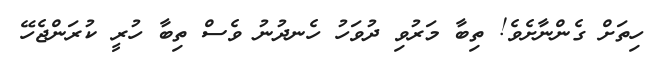
ހިތަށް ގެންނާށެވެ! ތިބާ މަރުވި ދުވަހު ހެނދުނު ވެސް ތިބާ ހުރީ ކުރަންޖެހޭ